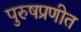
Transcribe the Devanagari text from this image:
पुरुषप्रणीत